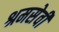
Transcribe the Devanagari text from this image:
श्रमसेवी